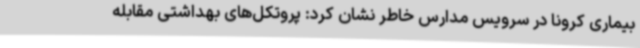
بیماری کرونا در سرویس مدارس خاطر نشان کرد: پروتکل‌های بهداشتی مقابله